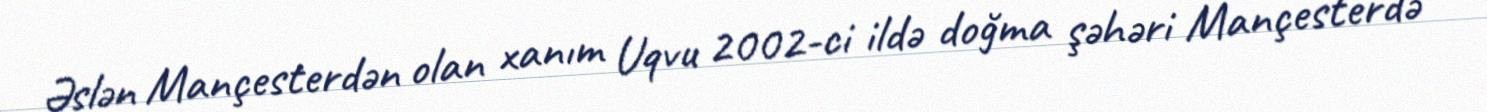
Əslən Mançesterdən olan xanım Uqvu 2002-ci ildə doğma şəhəri Mançesterdə